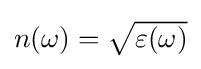
{\textstyle n(\omega )={\sqrt {\varepsilon (\omega )}}}